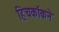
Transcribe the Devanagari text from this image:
हिचकॉकने